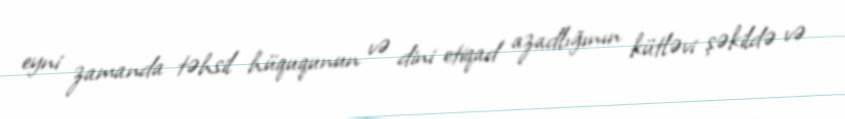
eyni zamanda təhsil hüququnun və dini etiqad azadlığının kütləvi şəkildə və